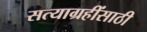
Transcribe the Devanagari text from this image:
सत्याग्रहींसाठी